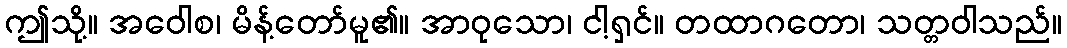
ဤသို့။ အဝေါစ၊ မိန့်တော်မူ၏။ အာဝုသော၊ ငါ့ရှင်။ တထာဂတော၊ သတ္တဝါသည်။